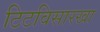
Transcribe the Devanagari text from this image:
टिटविसारखा